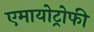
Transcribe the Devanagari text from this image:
एमायोट्रोफी